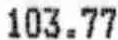
103.77